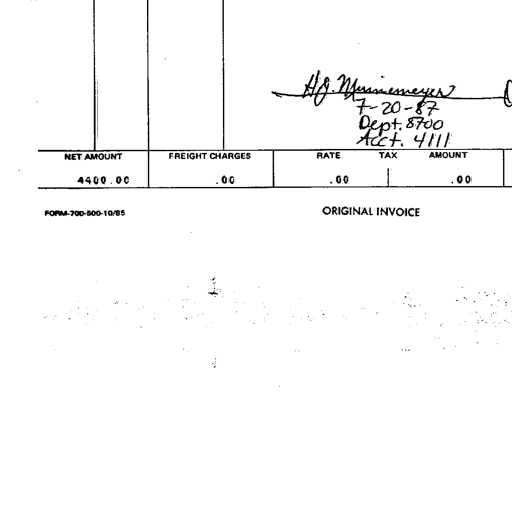
H.G. Munemeyer
7-20-87
Dept. 8700
Acct. 4111
NET AMOUNT FREIGHT CHARGES RATE TAX AMOUNT
4400.00 .00 .00 .00
FORM-700-500-10/85 ORIGINAL INVOICE